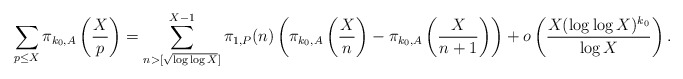
\begin{align*} \sum_{p\leq X}\pi_{k_0,A}\left(\frac{X}{p}\right)=\sum_{n>[\sqrt{\log \log X}]}^{X-1}\pi_{1,P}(n)\left(\pi_{k_0,A}\left(\frac{X}{n}\right)-\pi_{k_0,A}\left(\frac{X}{n+1}\right) \right) + o\left(\frac{X(\log \log X)^{k_0}}{\log X}\right).\end{align*}